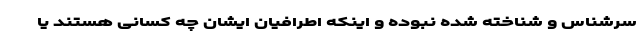
سرشناس و شناخته شده نبوده و اینکه اطرافیان ایشان چه کسانی هستند یا